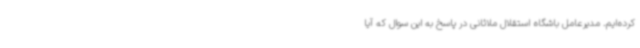
کرده‌ایم. مدیرعامل باشگاه استقلال ملاثانی در پاسخ به این سوال که آیا